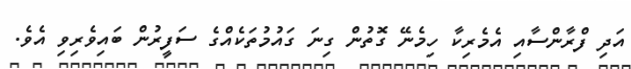
އަދި ފްރާންސާއި އެމެރިކާ ހިމެނޭ ގޮތުން ގިނަ ގައުމުތަކެއްގެ ސަފީރުން ބައިވެރިވި އެވެ.